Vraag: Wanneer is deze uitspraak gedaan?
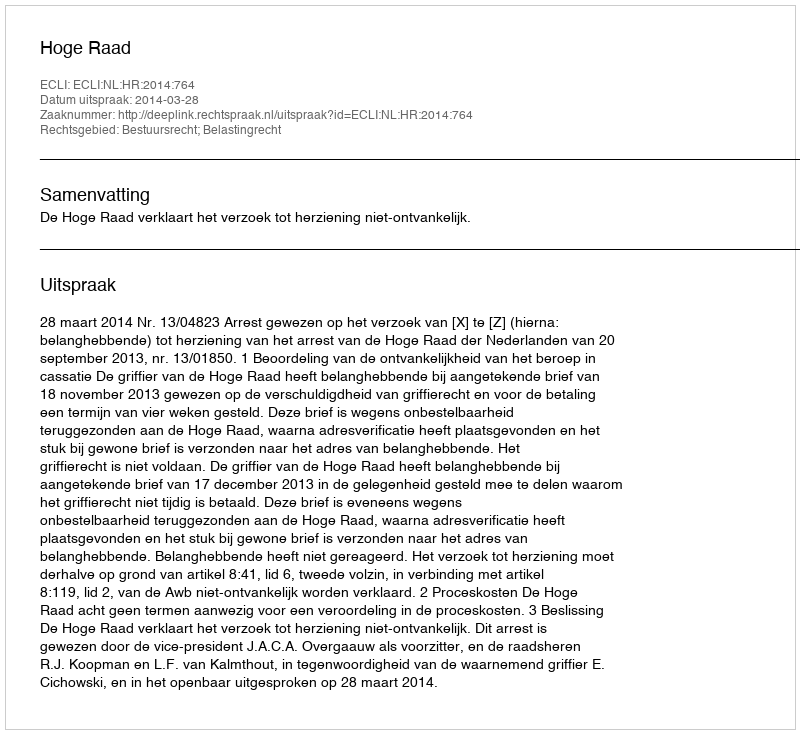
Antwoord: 2014-03-28